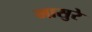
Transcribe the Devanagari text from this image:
मासुरे